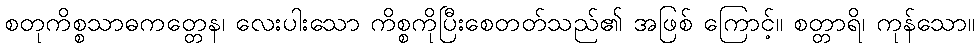
စတုကိစ္စသာဓကတ္တေန၊ လေးပါးသော ကိစ္စကိုပြီးစေတတ်သည်၏ အဖြစ် ကြောင့်။ စတ္တာရိ၊ ကုန်သော။